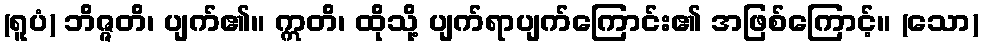
(ရူပံ) ဘိဇ္ဇတိ၊ ပျက်၏။ ဣတိ၊ ထိုသို့ ပျက်ရာပျက်ကြောင်း၏ အဖြစ်ကြောင့်။ (သော)